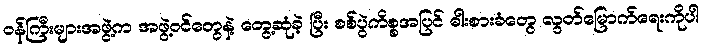
ဝန်ကြီးများအဖွဲ့က အဖွဲ့ဝင်တွေနဲ့ တွေ့ဆုံခဲ့ ပြီး စစ်ပွဲကိစ္စအပြင် ဓါးစားခံတွေ လွတ်မြောက်ရေးကိုပါ